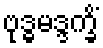
ဗုဒ္ဓမဒ္ဒက္ခိံ